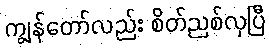
ကျွန်တော်လည်း စိတ်ညစ်လှပြီ